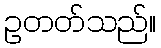
ဥတတ်သည်။